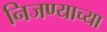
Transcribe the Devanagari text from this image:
निजण्याच्या